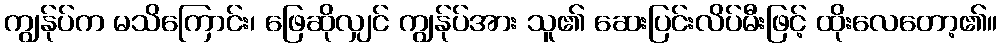
ကျွန်ုပ်က မသိကြောင်း၊ ဖြေဆိုလျှင် ကျွန်ုပ်အား သူ၏ ဆေးပြင်းလိပ်မီးဖြင့် ထိုးလေတော့၏။